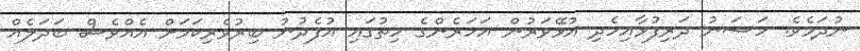
ނުދަމެވެ. ހަސަނު ދަރިފުޅާއިހެދި އުޅޭވަރުން އަހަރެންގެ ހިތުގައި އުފެދުނު ބިރުވެރިކަމަށް އެއްވެސް ބަދަލެއް